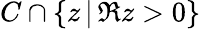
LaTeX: C\cap\left\{ z\, \vert\, \Re z>0\right\}